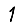
Digit: 1